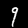
Label: 9